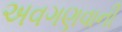
અવગણવાની